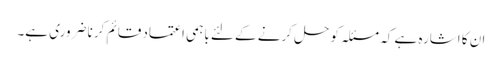
ان کا اشارہ ہے کہ مسئلہ کو حل کرنے کے لئے باہمی اعتماد قائم کرنا ضروری ہے۔